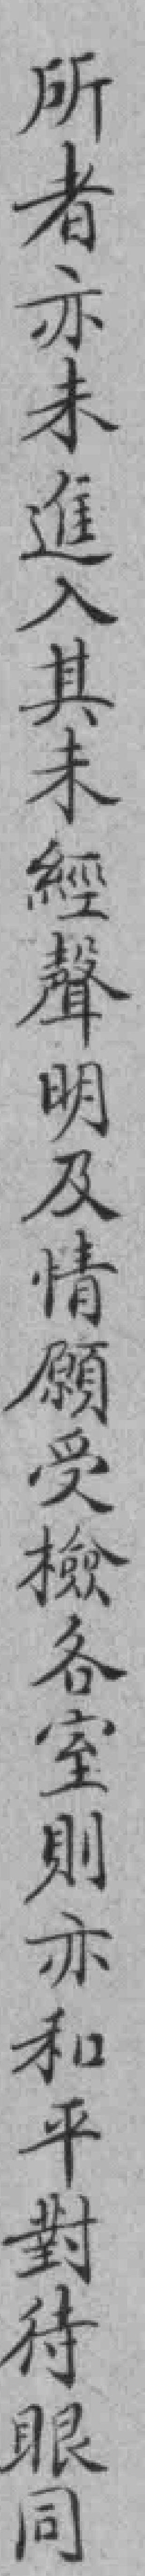
所者亦未進入其未經聲明及情願受檢各室則亦和平對待眼同